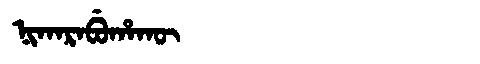
Manchu: ᠨᡳᡴᠠᡵᠠᠪᡠᡥᠠᡴᡡ
Romanization: NIKARABUHAKŪ